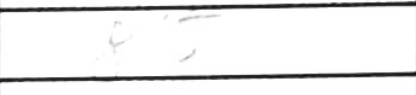
Transcription: f5